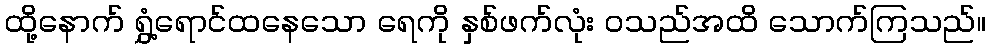
ထို့နောက် ရွှံ့ရောင်ထနေသော ရေကို နှစ်ဖက်လုံး ဝသည်အထိ သောက်ကြသည်။